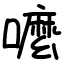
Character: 嚒